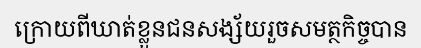
ក្រោយពីឃាត់ខ្លួនជនសង្ស័យរួចសមត្ថកិច្ចបាន